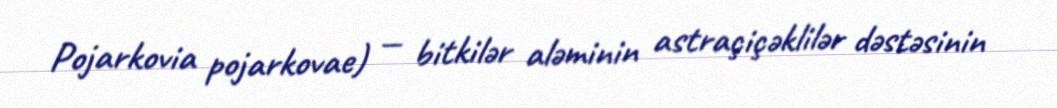
Pojarkovia pojarkovae) — bitkilər aləminin astraçiçəklilər dəstəsinin